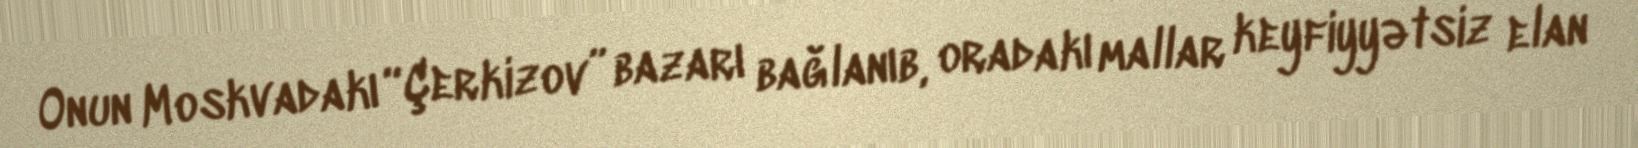
Onun Moskvadakı “Çerkizov” bazarı bağlanıb, oradakı mallar keyfiyyətsiz elan